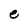
Character: e